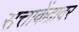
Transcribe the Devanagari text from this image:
सत्ताकेंद्रावर